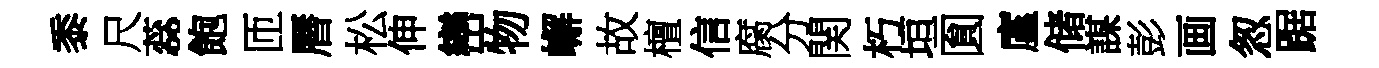
黍尺蕊飽匝曆松伸巒物嶰故檀信腐分関朽垣圎廑储謀彭画怱踞